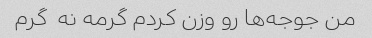
من جوجه‌ها رو وزن کردم گرمه نه  گرم